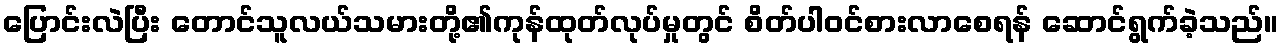
ပြောင်းလဲပြီး တောင်သူလယ်သမားတို့၏ကုန်ထုတ်လုပ်မှုတွင် စိတ်ပါဝင်စားလာစေရန် ဆောင်ရွက်ခဲ့သည်။